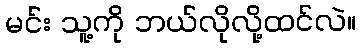
မင်း သူ့ကို ဘယ်လိုလို့ထင်လဲ။